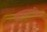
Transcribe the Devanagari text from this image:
आघातरहित